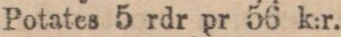
Potates 5 rdr pr 56 k:r.